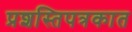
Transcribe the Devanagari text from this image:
प्रशस्तिपत्रकात